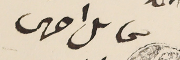
محاىل احرس